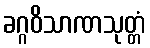
ခဂ္ဂဝိသာဏသုတ္တံ